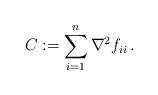
LaTeX: \begin{align*} C:=\sum_{i=1}^n \nabla^2 f_{ii}\,.\end{align*}